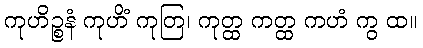
ကုဟိဉ္စနံ ကုဟိံ ကုတြ၊ ကုတ္ထ ကတ္ထ ကဟံ ကွ ထ။